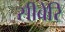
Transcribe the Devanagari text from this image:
सीबेरि